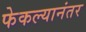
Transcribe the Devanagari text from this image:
फेकल्यानंतर